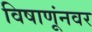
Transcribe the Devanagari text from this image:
विषाणूंनवर